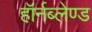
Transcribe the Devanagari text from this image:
हॉर्नब्लेण्ड